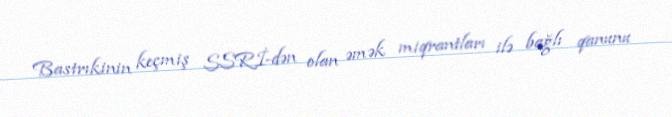
Bastrıkinin keçmiş SSRİ-dən olan əmək miqrantları ilə bağlı qanunu